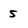
Character: 5